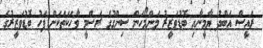
ރައީސް އަބްްދު ޔާމީނާއި ބޮޑުވަޒީރު މަންމޯހަން ސިންގުގެ ރަސްމީ ވާހަކަތަކަށް ފަހު ބޮޑުވަޒީރުގެ